Report of the King Institute of Preventive Medicine, Guindy
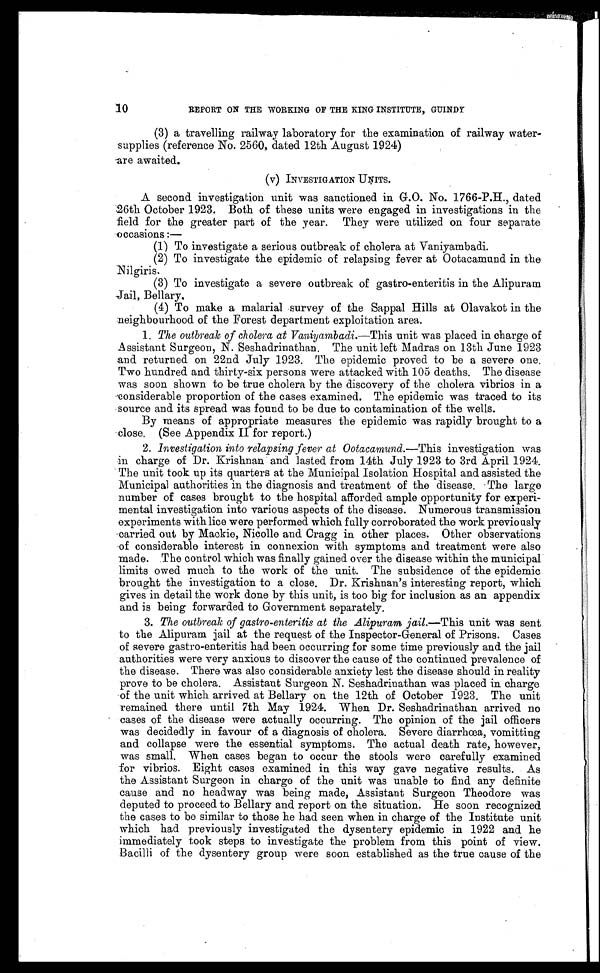
10
REPORT ON THE WORKING OF THE KING INSTITUTE, GUINDY
(3) a travelling railway laboratory for the examination of railway water
-
supplies (reference No. 2560, dated 12th August 1924)
are awaited.
(v) INVESTIGATION UNITS.
A second investigation unit was sanctioned in G.O. No. 1766-P.H., dated
26th October 1923. Both of these units were engaged in investigations in the
field for the greater part of the year. They were utilized on four separate
occasions:—
(1) To investigate a serious outbreak of cholera at Vaniyambadi.
(2) To investigate the epidemic of relapsing fever at Ootacamund in the
Nilgiris.
(3) To investigate a severe outbreak of gastro-enteritis in the Alipuram
Jail, Bellary.
(4) To make a malarial survey of the Sappal Hills at Olavakot in the
neighbourhood of the Forest department exploitation area.
1. The outbreak of cholera at Vaniyambadi.—This unit was placed in charge of
Assistant Surgeon, N. Seshadrinathan. The unit left Madras on 13th June 1923
and returned on 22nd July 1923. The epidemic proved to be a severe one.
Two hundred and thirty-six persons were attacked with 105 deaths. The disease
was soon shown to be true cholera by the discovery of the cholera vibrios in a
considerable proportion of the cases examined. The epidemic was traced to its
source and its spread was found to be due to contamination of the wells.
By means of appropriate measures the epidemic was rapidly brought to a
close. (See Appendix II for report.)
2. Investigation into relapsing fever at Ootacamund.— This investigation was
in charge of Dr. Krishnan and lasted from 14th July 1923 to 3rd April 1924.
The unit took up its quarters at the Municipal Isolation Hospital and assisted the
Municipal authorities in the diagnosis and treatment of the disease. The large
number of cases brought to the hospital afforded ample opportunity for experi-
mental investigation into various aspects of the disease. Numerous transmission
experiments with lice were performed which fully corroborated the work previously
carried out by Mackie, Nicolle and Cragg in other places. Other observations
of considerable interest in connexion with symptoms and treatment were also
made. The control which was finally gained over the disease within the municipal
limits owed much to the work of the unit. The subsidence of the epidemic
brought the investigation to a close. Dr. Krishnan's interesting report, which
gives in detail the work done by this unit, is too big for inclusion as an appendix
and is being forwarded to Government separately.
3. The outbreak of gastro-enteritis at the Alipuram jail .—This unit was sent
to the Alipuram jail at the request of the Inspector-General of Prisons. Cases
of severe gastro-enteritis had been occurring for some time previously and the jail
authorities were very anxious to discover the cause of the continued prevalence of
the disease. There was also considerable anxiety lest the disease should in reality
prove to be cholera. Assistant Surgeon N. Seshadrinathan was placed in charge
of the unit which arrived at Bellary on the 12th of October 1923. The unit
remained there until 7th May 1924. When Dr. Seshadrinathan arrived no
cases of the disease were actually occurring. The opinion of the jail officers
was decidedly in favour of a diagnosis of cholera. Severe diarrhœa, vomitting
and collapse were the essential symptoms. The actual death rate, however,
was small. When cases began to occur the stools were carefully examined
for vibrios. Eight cases examined in this way gave negative results. As
the Assistant Surgeon in charge of the unit was unable to find any definite
cause and no headway was being made, Assistant Surgeon Theodore was
deputed to proceed to Bellary and report on the situation. He soon recognized
the cases to be similar to those he had seen when in charge of the Institute unit
which had previously investigated the dysentery epidemic in 1922 and he
immediately took steps to investigate the problem from this point of view.
Bacilli of the dysentery group were soon established as the true cause of the